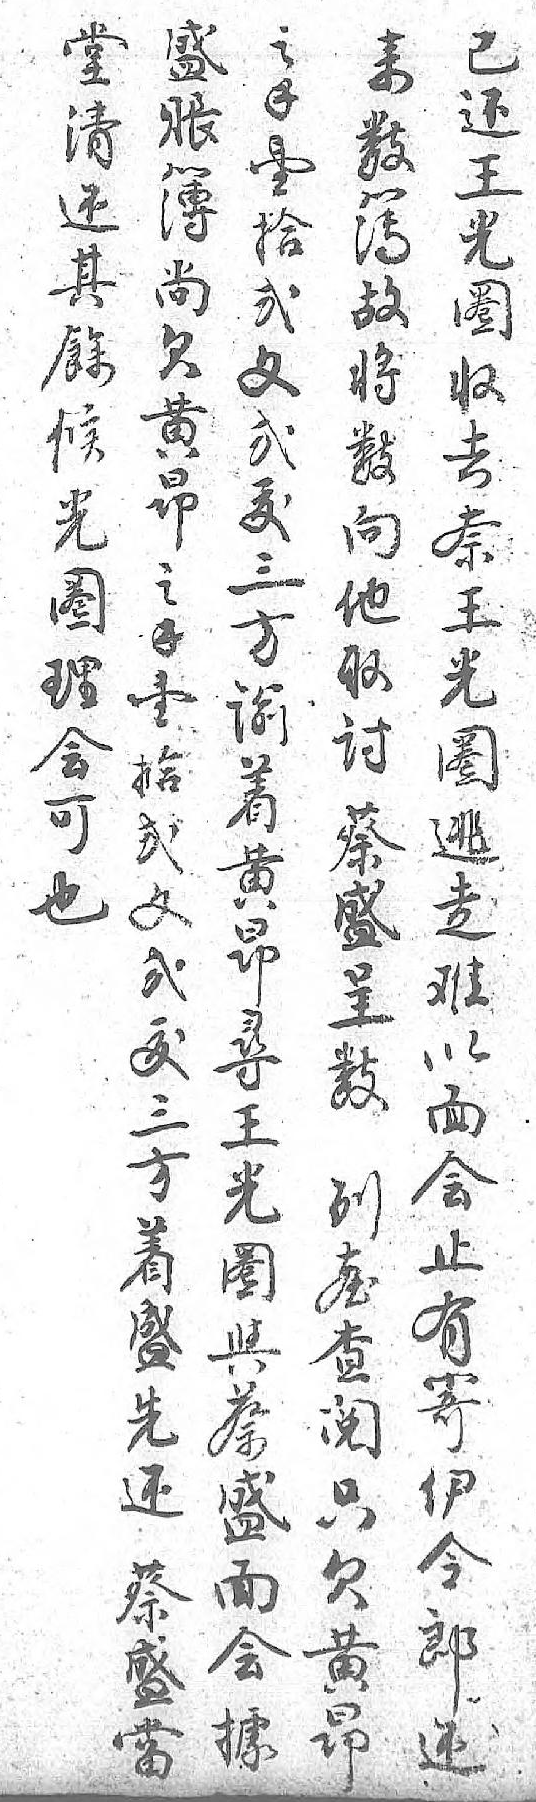
盛堂来之已賬清數錢还簿还簿壹王尚其故拾光欠餘将贰圈黄候數文収昻光向弍去之圈他犮奈錢理取三王壹会討方光拾可蔡谕圈弍也盛着逃文 呈黄走弍 數昻难犮 列尋以三 𦤼王面方 查光会着 阅圈止盛 只與有先 欠蔡寄还 黄盛伊蔡 昻面令盛  会郎當  據还